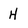
Character: H